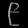
Digit: ၉